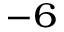
^ { - 6 }